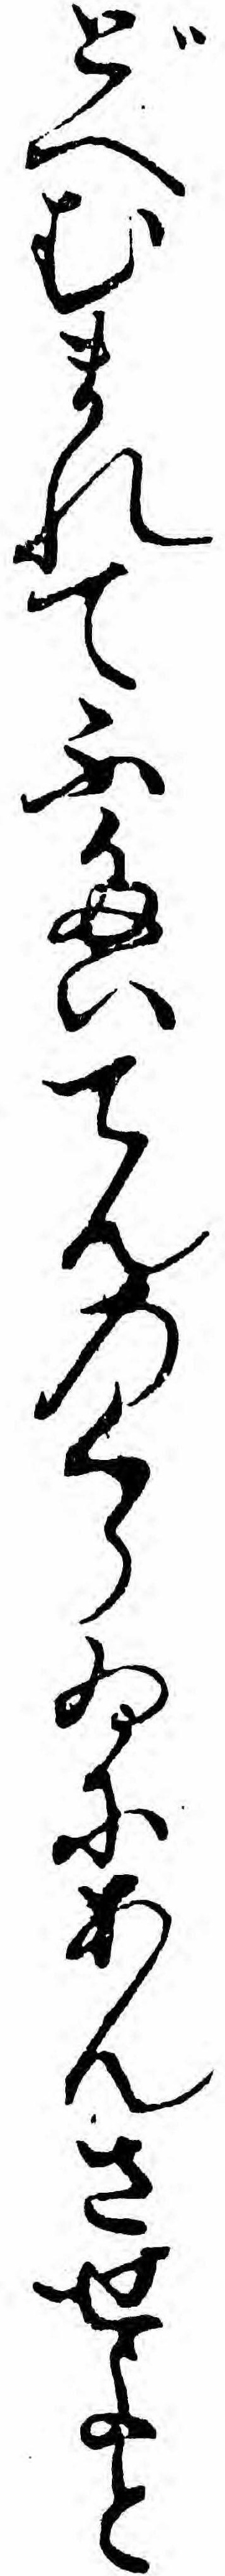
どへむまれてふたいてんのくらゐにあんさせよと